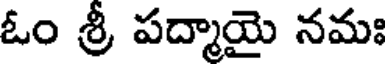
ఓం శ్రీ పద్మాయై నమః